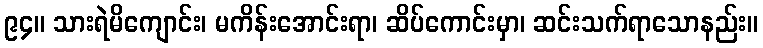
၉၄။ သားရဲမိကျောင်း၊ မကိန်းအောင်းရာ၊ ဆိပ်ကောင်းမှာ၊ ဆင်းသက်ရာသောနည်း။